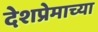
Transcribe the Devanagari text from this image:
देशप्रेमाच्या